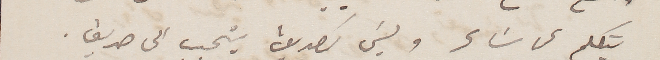
يتكلم عن شاعر وليسَ كصديق يتحبب الى صديق.